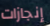
إنجازات